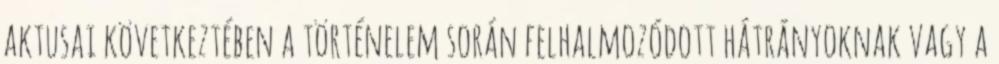
aktusai következtében a történelem során felhalmozódott hátrányoknak vagy a